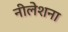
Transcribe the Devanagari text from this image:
नीलेशना